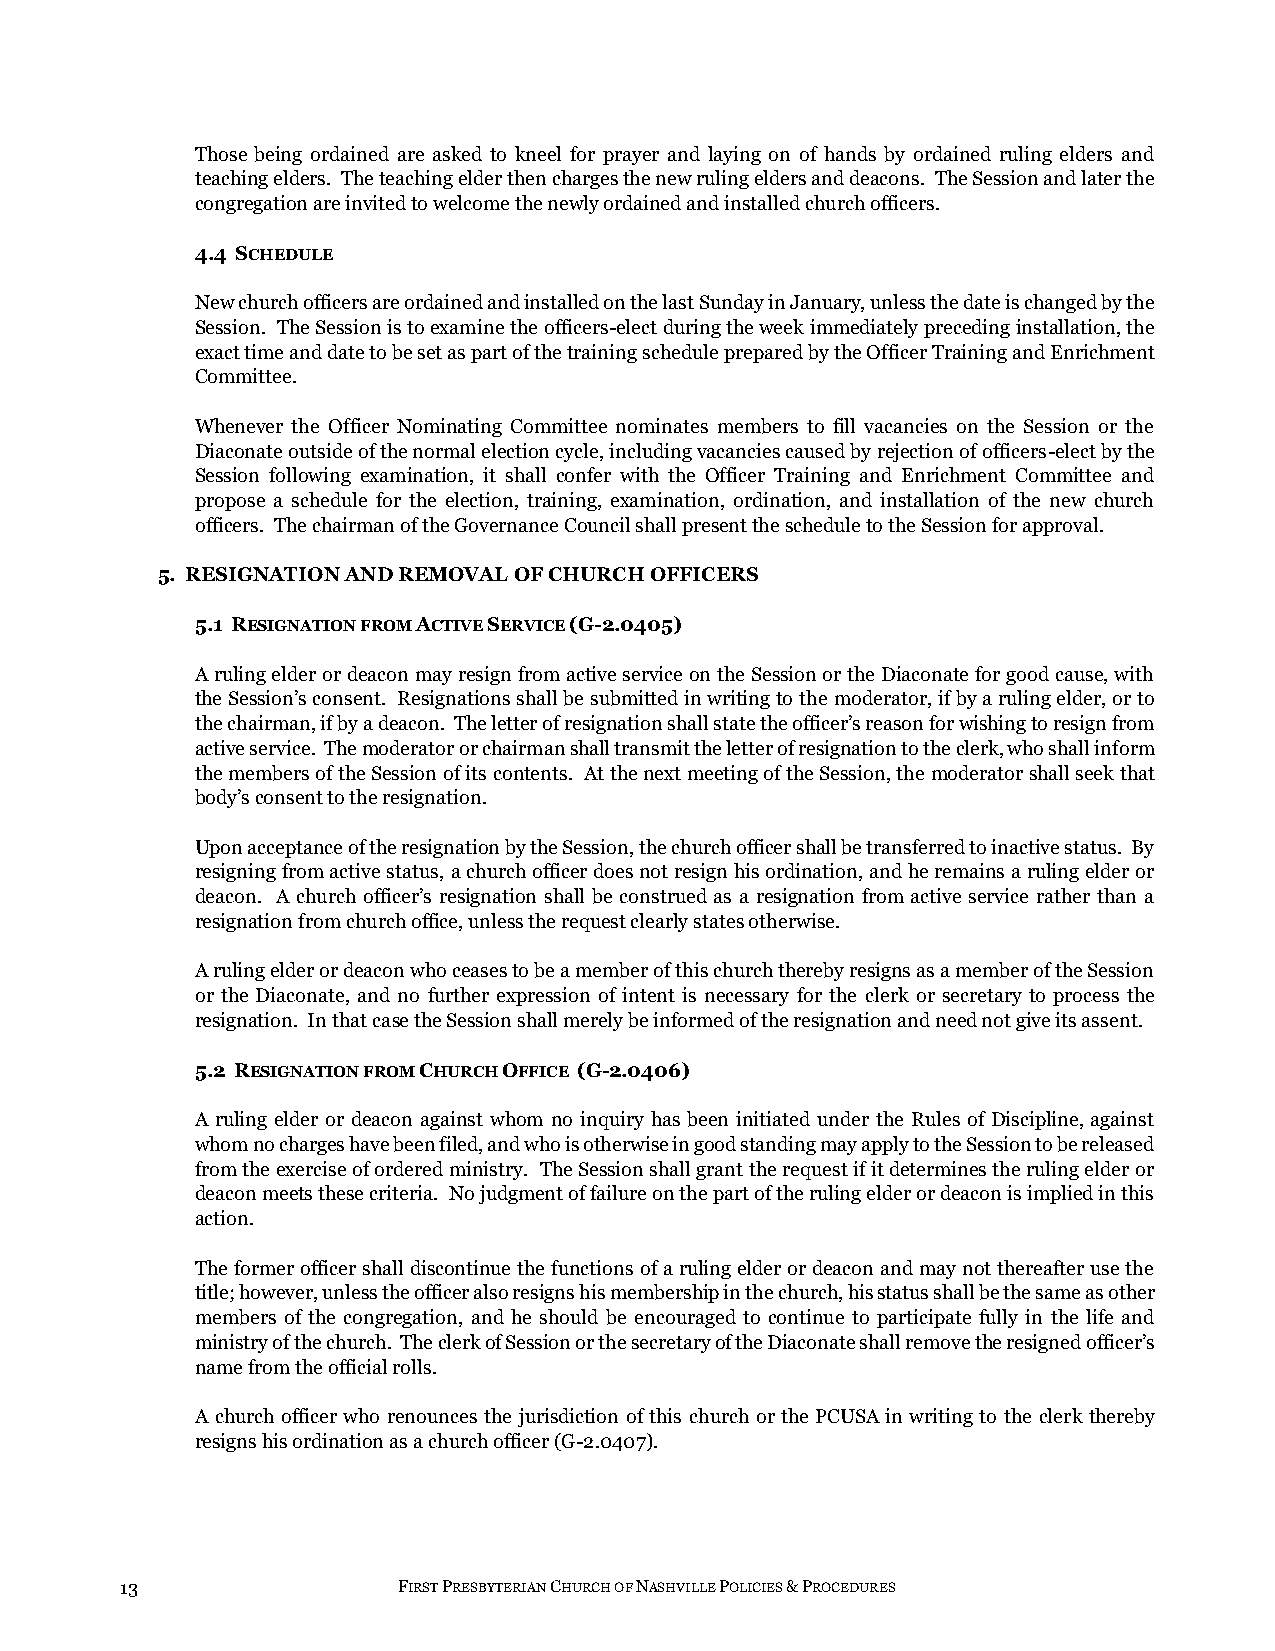
Those being ordained are asked to kneel for prayer and laying on of hands by ordained ruling elders and
 teaching elders. The teaching elder then charges the new ruling elders and deacons. The Session and later the
 congregation are invited to welcome the newly ordained and installed church officers.
 4.4 SCHEDULE
 New church officers are ordained and installed on the last Sunday in January, unless the date is changed by the
 Session. The Session is to examine the officers-elect during the week immediately preceding installation, the
 exact time and date to be set as part of the training schedule prepared by the Officer Training and Enrichment
 Committee.
 Whenever the Officer Nominating Committee nominates members to fill vacancies on the Session or the
 Diaconate outside of the normal election cycle, including vacancies caused by rejection of officers-elect by the
 Session following examination, it shall confer with the Officer Training and Enrichment Committee and
 propose a schedule for the election, training, examination, ordination, and installation of the new church
 officers. The chairman of the Governance Council shall present the schedule to the Session for approval.
 5. RESIGNATION AND REMOVAL OF CHURCH OFFICERS
 5.1 RESIGNATION FROM ACTIVE SERVICE (G-2.0405)
 A ruling elder or deacon may resign from active service on the Session or the Diaconate for good cause, with
 the Session’s consent. Resignations shall be submitted in writing to the moderator, if by a ruling elder, or to
 the chairman, if by a deacon. The letter of resignation shall state the officer’s reason for wishing to resign from
 active service. The moderator or chairman shall transmit the letter of resignation to the clerk, who shall inform
 the members of the Session of its contents. At the next meeting of the Session, the moderator shall seek that
 body’s consent to the resignation.
 Upon acceptance of the resignation by the Session, the church officer shall be transferred to inactive status. By
 resigning from active status, a church officer does not resign his ordination, and he remains a ruling elder or
 deacon. A church officer’s resignation shall be construed as a resignation from active service rather than a
 resignation from church office, unless the request clearly states otherwise.
 A ruling elder or deacon who ceases to be a member of this church thereby resigns as a member of the Session
 or the Diaconate, and no further expression of intent is necessary for the clerk or secretary to process the
 resignation. In that case the Session shall merely be informed of the resignation and need not give its assent.
 5.2 RESIGNATION FROM CHURCH OFFICE (G-2.0406)
 A ruling elder or deacon against whom no inquiry has been initiated under the Rules of Discipline, against
 whom no charges have been filed, and who is otherwise in good standing may apply to the Session to be released
 from the exercise of ordered ministry. The Session shall grant the request if it determines the ruling elder or
 deacon meets these criteria. No judgment of failure on the part of the ruling elder or deacon is implied in this
 action.
 The former officer shall discontinue the functions of a ruling elder or deacon and may not thereafter use the
 title; however, unless the officer also resigns his membership in the church, his status shall be the same as other
 members of the congregation, and he should be encouraged to continue to participate fully in the life and
 ministry of the church. The clerk of Session or the secretary of the Diaconate shall remove the resigned officer’s
 name from the official rolls.
 A church officer who renounces the jurisdiction of this church or the PCUSA in writing to the clerk thereby
 resigns his ordination as a church officer (G-2.0407).
 13                FIRST PRESBYTERIAN CHURCH OF NASHVILLE POLICIES & PROCEDURES